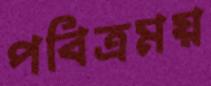
পবিত্রময়